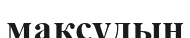
мақсұдың